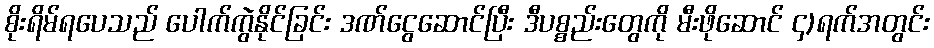
စိုးရိမ်ရပေသည် ပေါက်ကွဲနိုင်ခြင်း ဒဏ်ငွေဆောင်ပြီး ဒီပစ္စည်းတွေကို မီးဖိုဆောင် ၄)ရက်အတွင်း